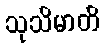
သုသိမာတိ